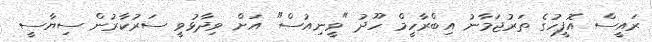
ރައީސް އޮފީހުގެ ތަރުޖަމާނު އިބްރާހީމް ހޫދު "ވީނިއުސް" އަށް ވިދާޅުވީ ސަރުކާރުން ސިޔާސީ